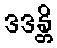
ဒဒန္တိ